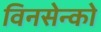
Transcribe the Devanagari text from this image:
विनसेन्को